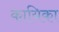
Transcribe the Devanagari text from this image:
कायिका